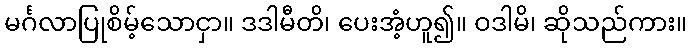
မင်္ဂလာပြုစိမ့်သောငှာ။ ဒဒါမီတိ၊ ပေးအံ့ဟူ၍။ ဝဒါမိ၊ ဆိုသည်ကား။